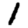
Digit: 1